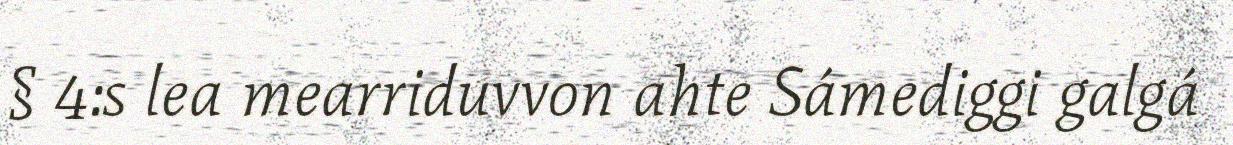
§ 4:s lea mearriduvvon ahte Sámediggi galgá